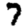
Digit: 7